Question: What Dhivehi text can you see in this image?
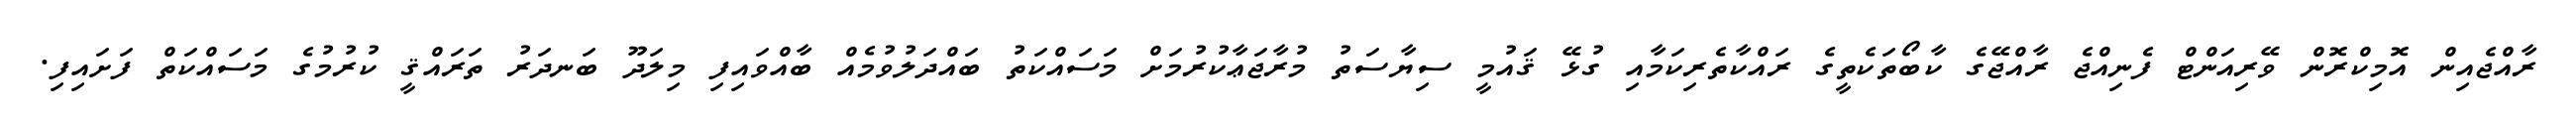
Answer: ރާއްޖެއިން އޮމިކްރޮން ވޭރިއަންޓް ފެނިއްޖެ ރާއްޖޭގެ ކާބޯތަކެތީގެ ރައްކާތެރިކަމާއި ގުޅޭ ޤައުމީ ސިޔާސަތު މުރާޖަޢާކުރުމަށް މަސައްކަތު ބައްދަލުވުމެއް ބާއްވައިފި މިލަދޫ ބަނދަރު ތަރައްޤީ ކުރުމުގެ މަސައްކަތް ފަށައިފި.